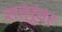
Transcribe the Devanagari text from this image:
शत्रूंवर